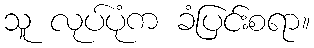
သူ လုပ်ပုံက ခံပြင်းစရာ။